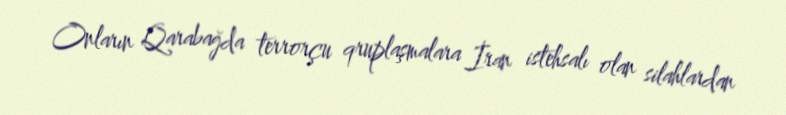
Onların Qarabağda terrorçu qruplaşmalara İran istehsalı olan silahlardan